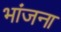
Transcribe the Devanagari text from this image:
भांजना